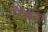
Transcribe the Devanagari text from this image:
निरुक्तगत